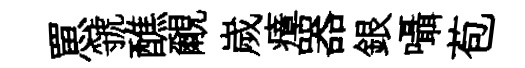
罳虢醮覼嵗瘴器銀囁苞